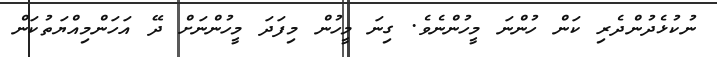
ނުކުޅެދުންދެރި ކަން ހުންނަ މީހުންނެވެ. ގިނަ މީހުން މިފަދަ މީހުންނަށް ދޭ އަހަންމިއްޔަތުކަން